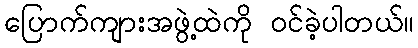
ပြောက်ကျားအဖွဲ့ထဲကို ဝင်ခဲ့ပါတယ်။